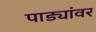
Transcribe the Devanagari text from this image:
पाड्यांवर